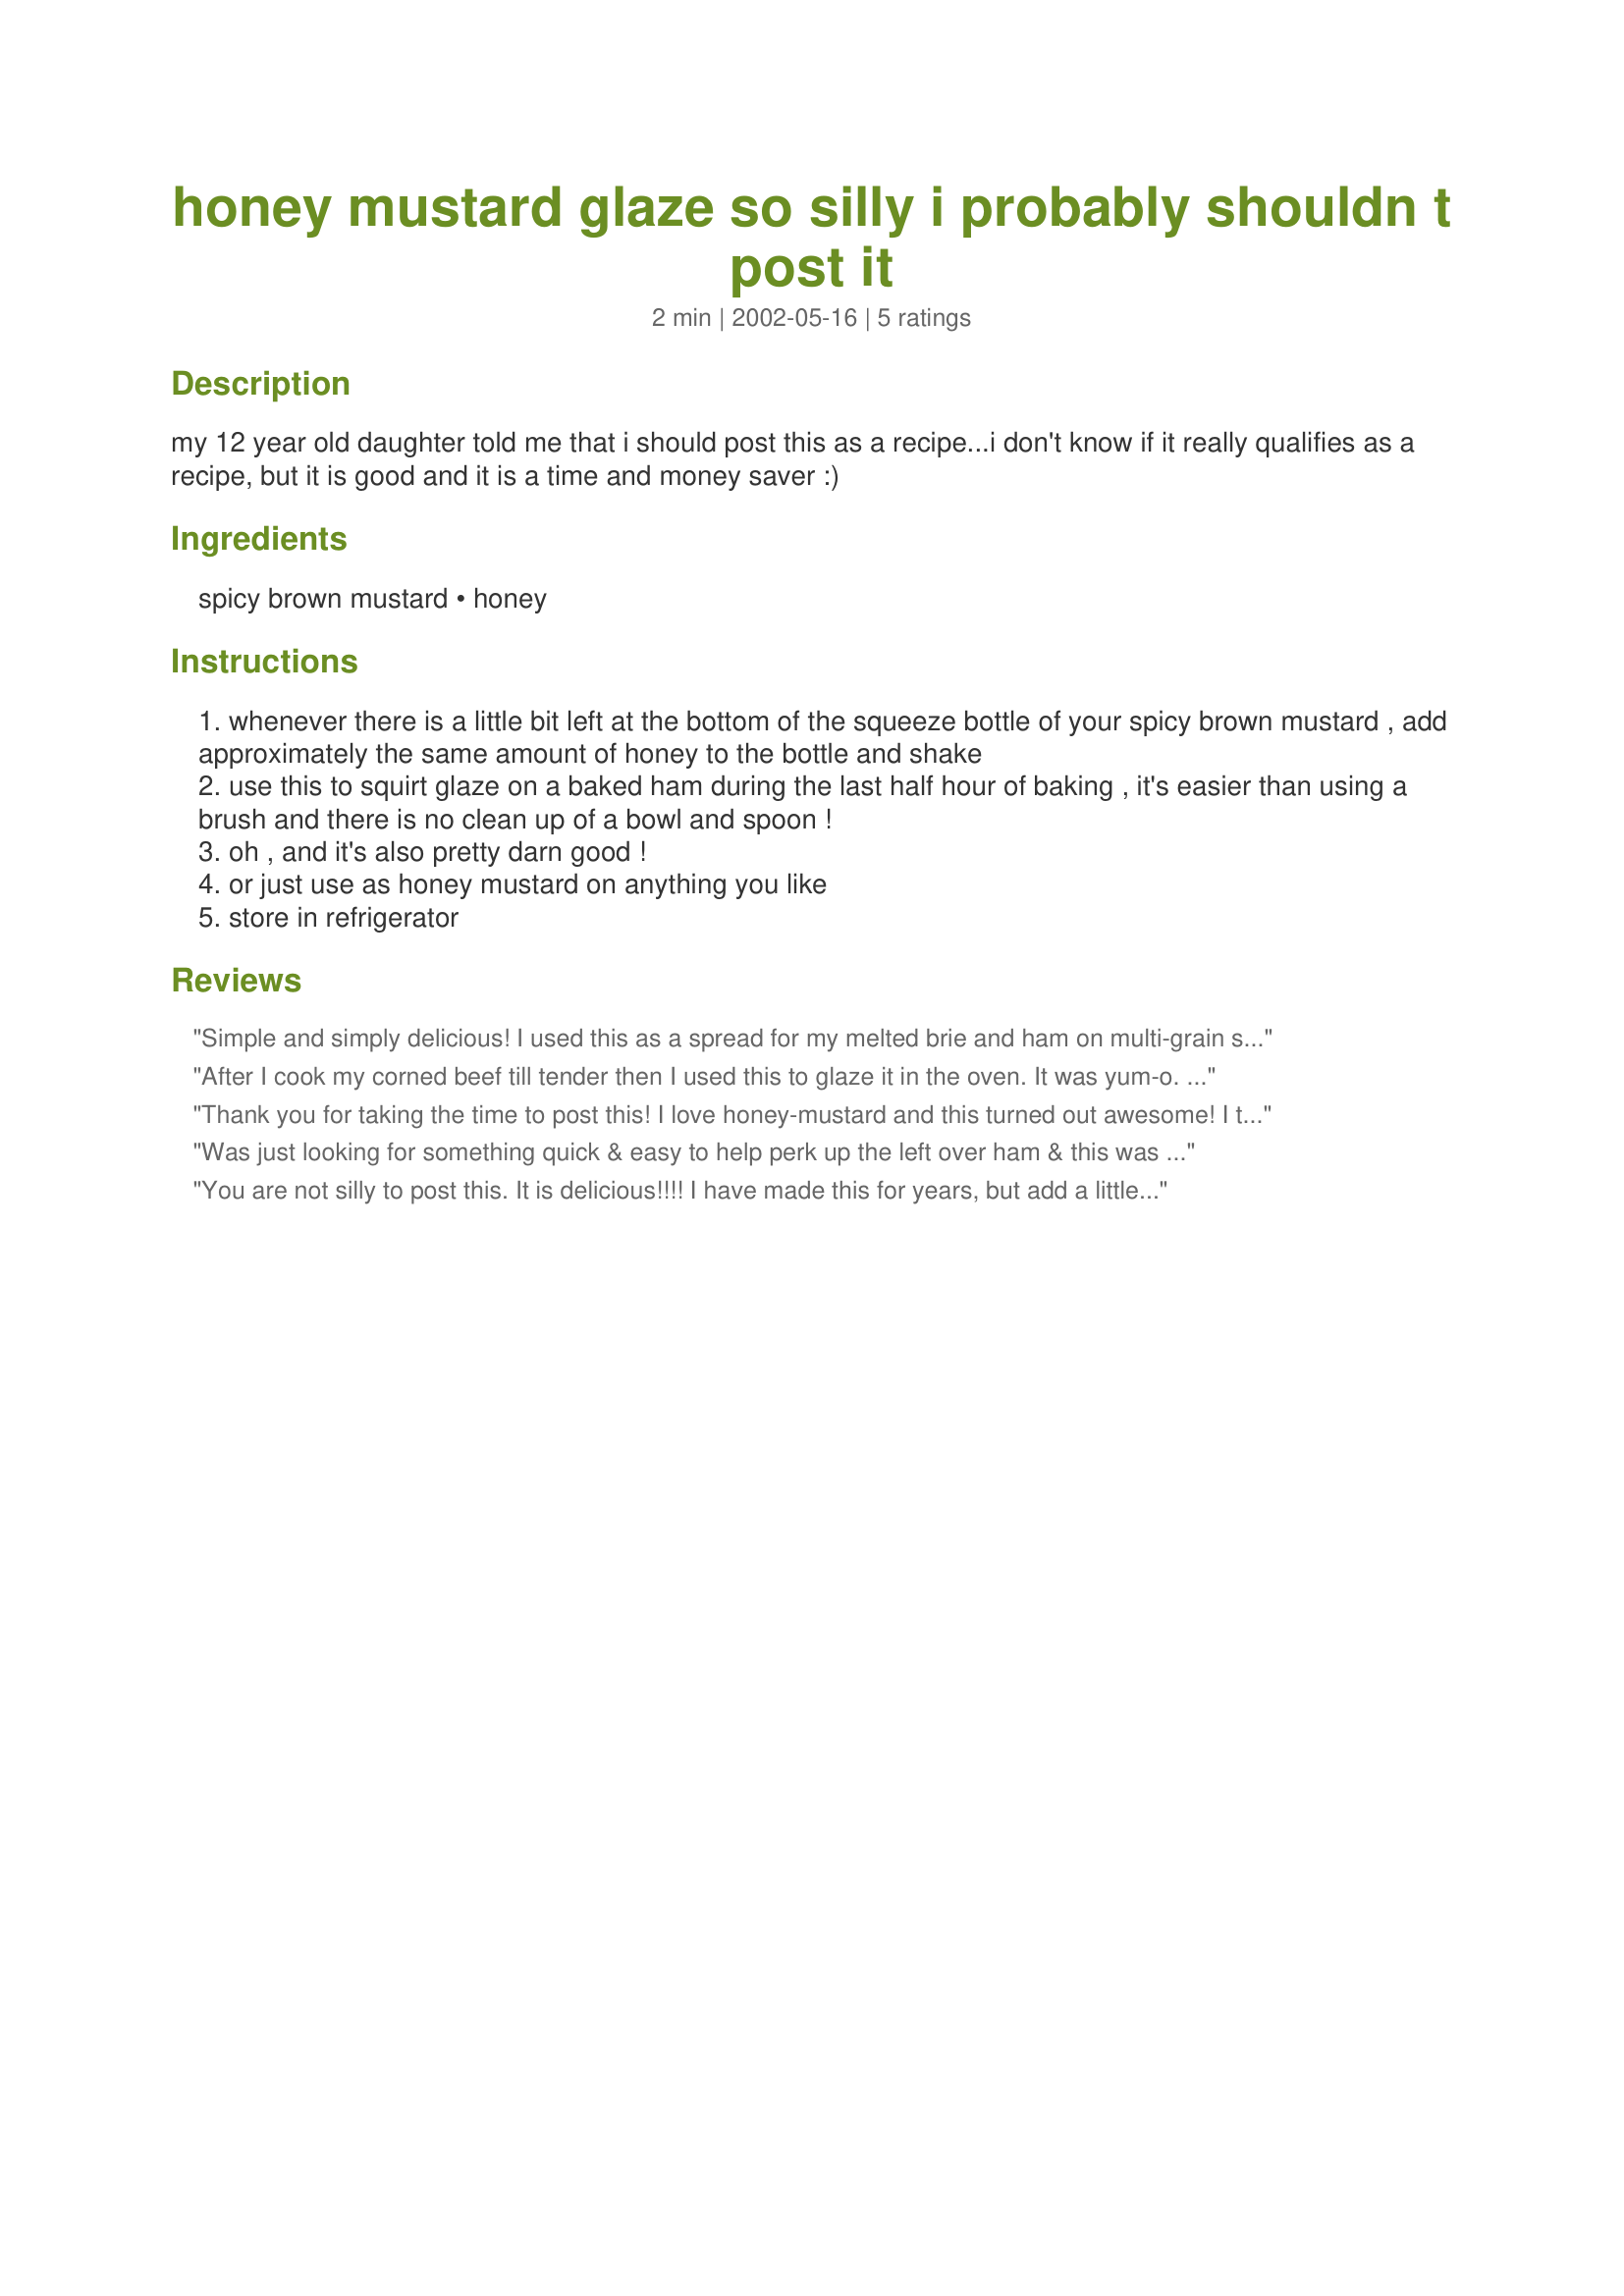
honey mustard glaze so silly i probably shouldn t post it
Preparation time: 2 minutes

my 12 year old daughter told me that i should post this as a recipe...i don't know if it really qualifies as a recipe, but it is good and it is a time and money saver :)

Ingredients:
spicy brown mustard, honey

Steps:
whenever there is a little bit left at the bottom of the squeeze bottle of your spicy brown mustard , add approximately the same amount of honey to the bottle and shake
use this to squirt glaze on a baked ham during the last half hour of baking , it's easier than using a brush and there is no clean up of a bowl and spoon !
oh , and it's also pretty darn good !
or just use as honey mustard on anything you like
store in refrigerator

Reviews:
Simple and simply delicious! I used this as a spread for my melted brie and ham on multi-grain sprouted wheat bread.
After I cook my corned beef till tender then I used this to glaze it in the oven. It was yum-o. Added a whole new flavor to the corned beef and a nice crust. Everyone just loved it.
Thank you for taking the time to post this! I love honey-mustard and this turned out awesome! I tried it with chicken breast as a glaze and sauce. It was a great new flavor!
Was just looking for something quick & easy to help perk up the left over ham & this was great!

With or without the Brown Sugar :D
You are not silly to post this. It is delicious!!!! I have made this for years, but add a little light brown sugar along with the honey and mustard. With or without the brown sugar, it is great.
